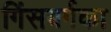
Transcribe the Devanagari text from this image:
गिंसबर्गका